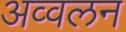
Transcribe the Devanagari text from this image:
अव्वलन